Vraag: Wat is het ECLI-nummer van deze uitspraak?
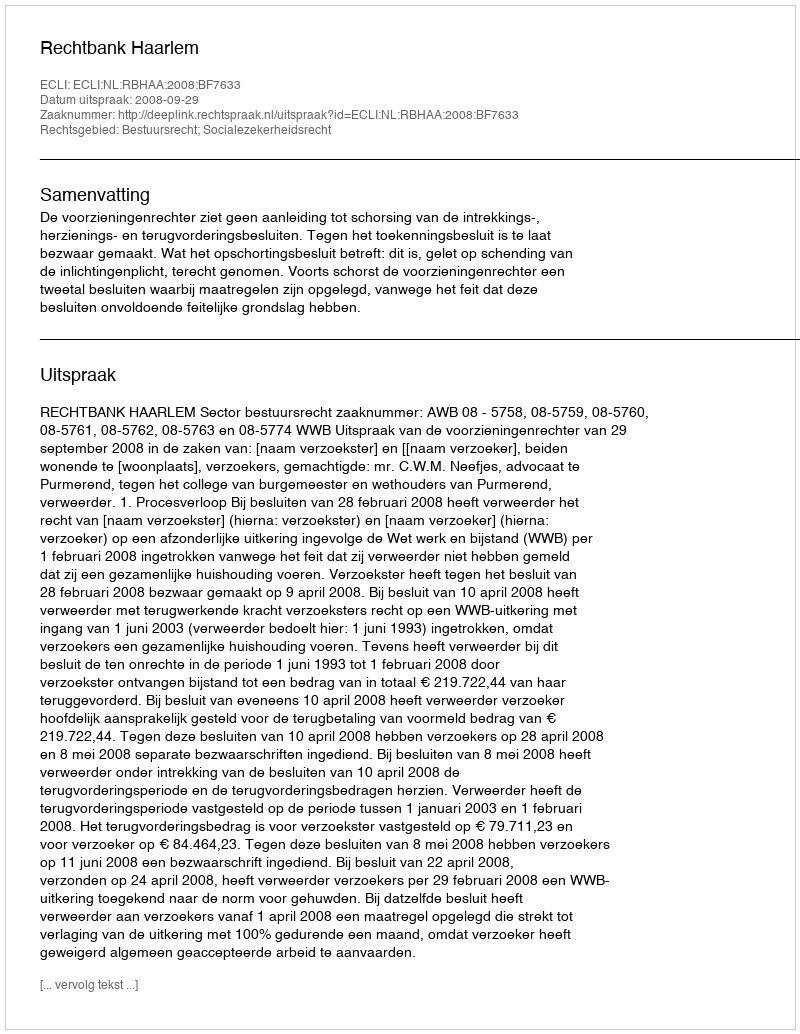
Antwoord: ECLI:NL:RBHAA:2008:BF7633